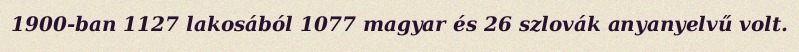
1900-ban 1127 lakosából 1077 magyar és 26 szlovák anyanyelvű volt.